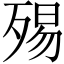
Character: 𣨟